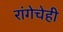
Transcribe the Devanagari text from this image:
रांगेचेही